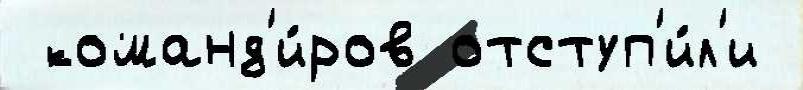
 команд'и́ров отступ'и́л'и